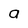
Character: a